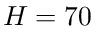
H = 7 0